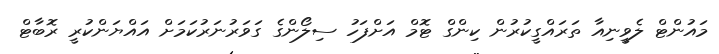
މައުންޓް ލެވީނިއާ ތަރައްގީކުރުން ކިންގް ޓޮމް އަށްފަހު ސިލޯންގެ ގަވަރުނަރުކަމަށް އައްޔަންކުރީ ރޮބާޓް